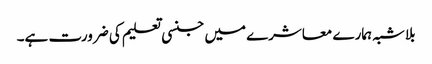
بلاشبہ ہمارے معاشرے میں جنسی تعلیم کی ضرورت ہے۔